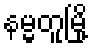
နမ္မတူမြို့